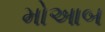
મોઆબ